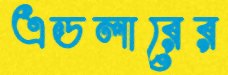
এডলারের